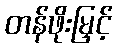
တန်ဖိုးမြှင့်